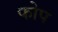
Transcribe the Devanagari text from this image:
फोप